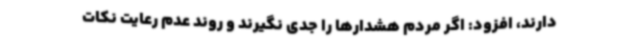
دارند، افزود: اگر مردم هشدارها را جدی نگیرند و روند عدم رعایت نکات